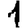
Digit: 1